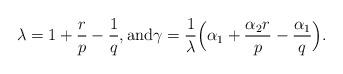
LaTeX: \begin{align*}\lambda=1+\frac{r}{p}-\frac{1}{q},\textrm{and}\gamma=\frac{1}{\lambda}\Big(\alpha_ 1+\frac{\alpha_ 2 r}{p}-\frac{\alpha_ 1}{q} \Big ).\end{align*}